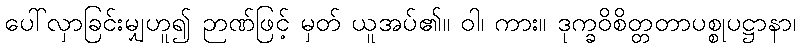
ပေါ်လှာခြင်းမျှဟူ၍ ဉာဏ်ဖြင့် မှတ် ယူအပ်၏။ ဝါ၊ ကား။ ဒုက္ခဝိစိတ္တတာပစ္စုပဋ္ဌာနာ၊